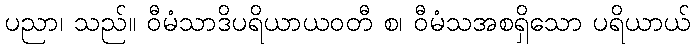
ပညာ၊ သည်။ ဝီမံသာဒိပရိယာယဝတီ စ၊ ဝီမံသအစရှိသော ပရိယာယ်